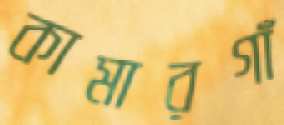
কামারগাঁ